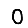
Digit: 0